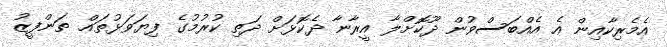
އެމެރިކާއިން އެ އެއްބަސްވުން ދޫކޮށްލާ އީރާނާ ދެކޮޅަށް ދަތި ކުރުމުގެ ފިޔަވަޅުތައް ތަންފީޒު